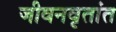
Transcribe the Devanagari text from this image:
जीवनवृतांत